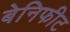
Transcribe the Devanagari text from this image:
बेनिफीट